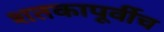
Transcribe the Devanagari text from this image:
शतकापूर्वीच